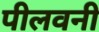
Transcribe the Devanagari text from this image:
पीलवनी